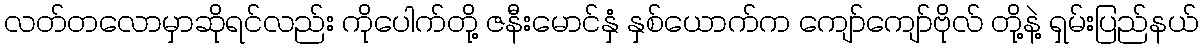
လတ်တလောမှာဆိုရင်လည်း ကိုပေါက်တို့ ဇနီးမောင်နှံ နှစ်ယောက်က ကျော်ကျော်ဗိုလ် တို့နဲ့ ရှမ်းပြည်နယ်